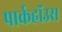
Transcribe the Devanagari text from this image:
पार्कहॉउस